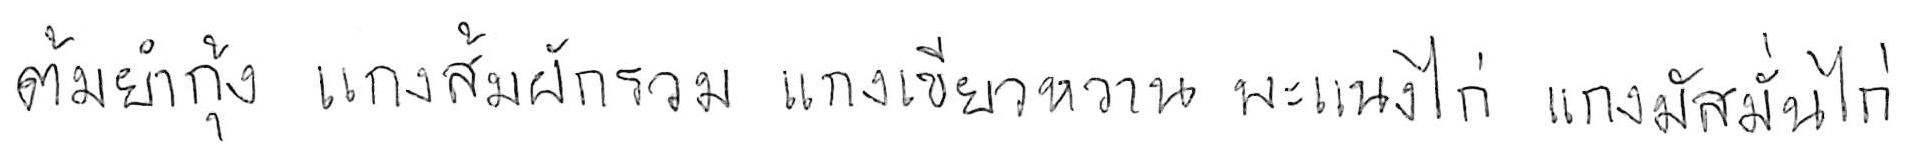
ต้มยำกุ้ง แกงส้มผักรวม แกงเขียวหวาน พะแนงไก่ แกงมัสมั่นไก่